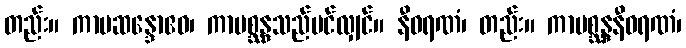
တည်း။ ကာမဆန္ဒောဧဝ၊ ကာမစ္ဆန္ဒသည်ပင်လျှင်။ နီဝရဏံ၊ တည်း။ ကာမစ္ဆန္ဒနီဝရဏံ၊